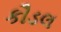
કૌડલ